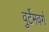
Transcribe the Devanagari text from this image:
वुर्टेमवर्ग